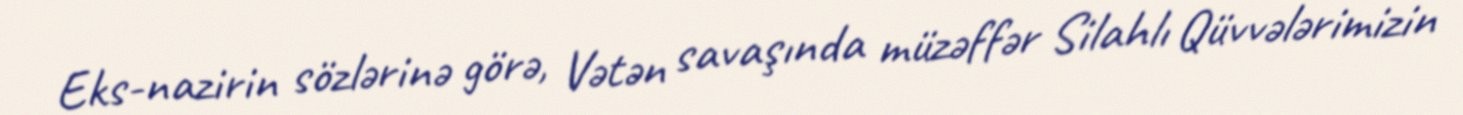
Eks-nazirin sözlərinə görə, Vətən savaşında müzəffər Silahlı Qüvvələrimizin